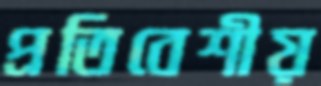
প্রতিবেশীয়